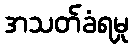
အသတ်ခံရမှု